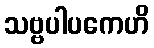
သဗ္ဗပါပကေဟိ